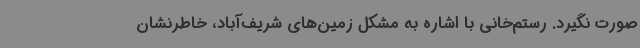
صورت نگیرد. رستم‌خانی با اشاره به مشکل زمین‌های شریف‌آباد، خاطرنشان